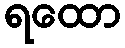
ရထော